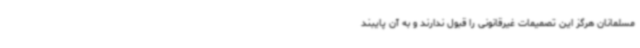
مسلمانان هرگز این تصمیمات غیرقانونی را قبول ندارند و به آن پایبند